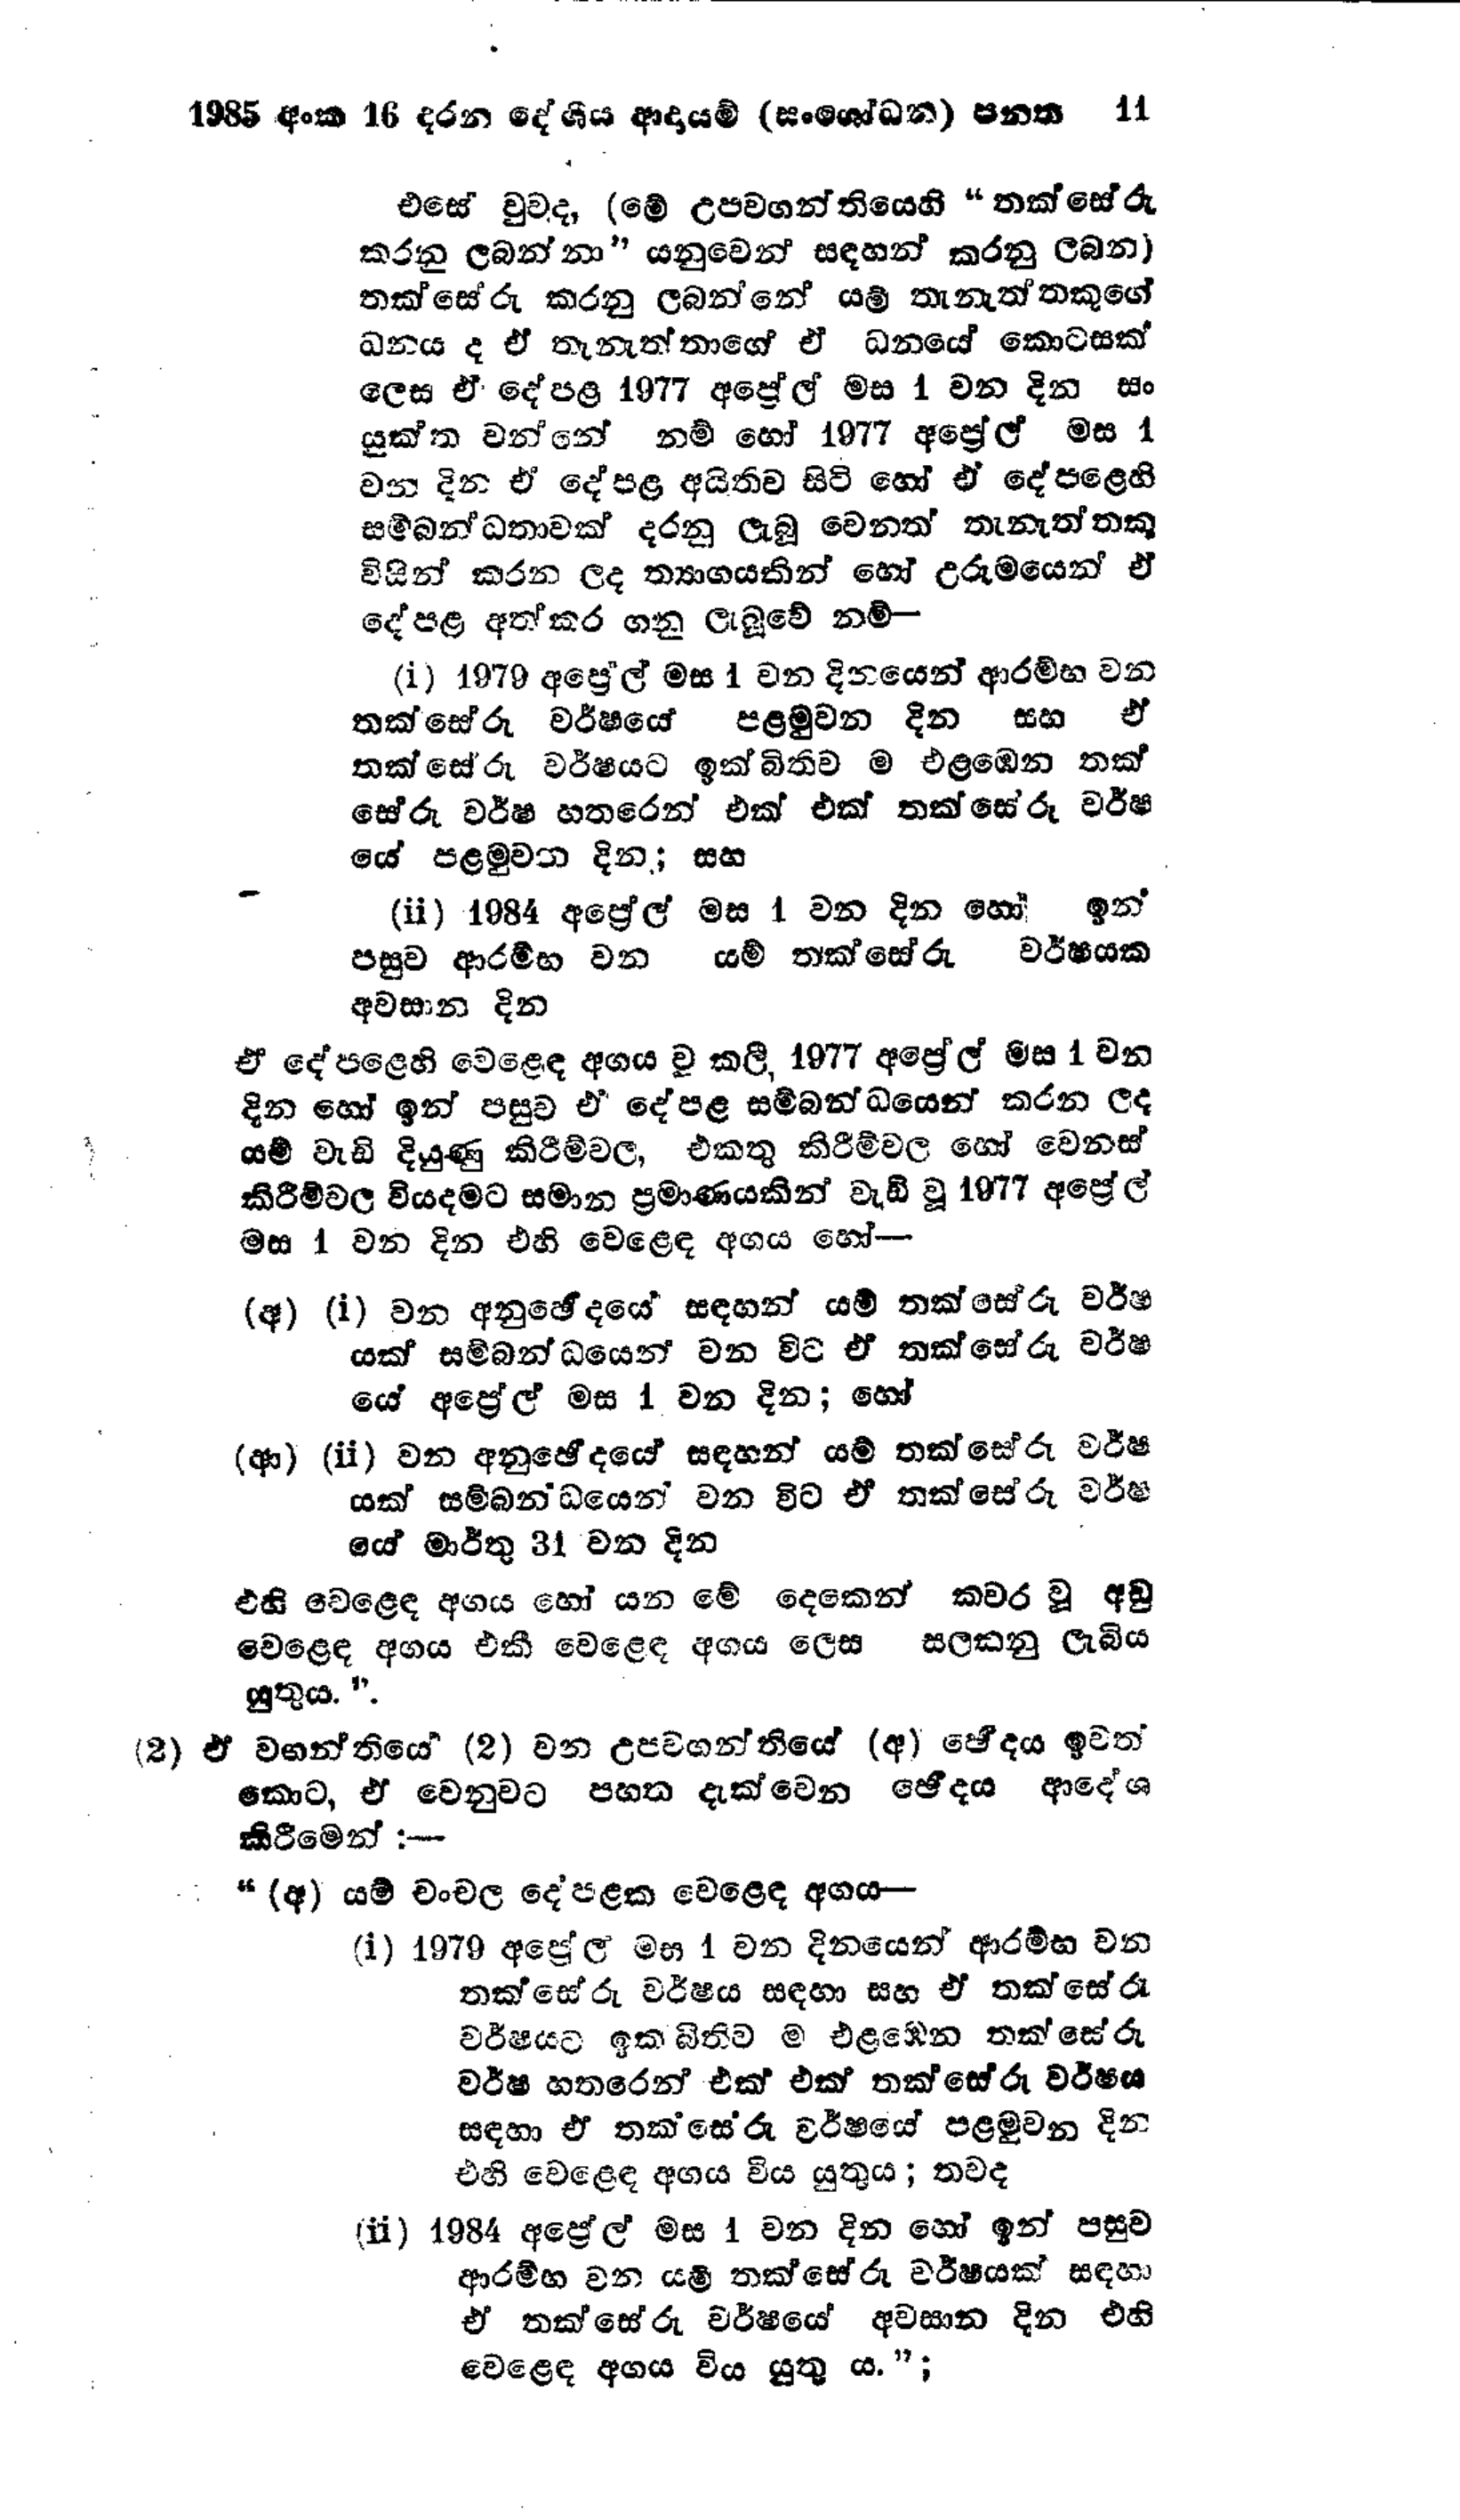
1985 අංක 16 දරන දේශීය ආදායම් (සංශෝධන ) පනත 11

එසේ වුවද, (මේ උපවගන්තියෙහි “තක්සේරු
කරනු ලබන්නා " යනුවෙන් සඳහන් කරනු ලබන)
තක්සේරු කරනු ලබන්නේ යම් තැනැත්තකුගේ
ධනය ද ඒ තැනැත්තාගේ ඒ ධනයේ කොටසක්
ලෙස ඒ දේපළ 1977 අප්‍රේල් මස 1 වන දින සං
යුක්ත වන්නේ නම් හෝ 1977 අප්‍රේල් මස 1
වන දින ඒ දේපළ අයිතිව සිටි හෝ ඒ දේපළෙහි
සම්බන්ධතාවක් දරනු ලැබූ වෙනත් තැනැත්තකු
විසින් කරන ලද ත්‍යාගයකින් හෝ උරුමයෙන් ඒ
දේපළ අත්කර ගනු ලැබූවේ නම්-

(i) 1979 අප්‍රේල් මස 1 වන දිනයෙන් ආරම්භ වන
තක්සේරු වර්ෂයේ පළමුවන දින සහ ඒ
තක්සේරු වර්ෂයට ඉක්බිතිව ම එළඹෙන තක්
සේරු වර්ෂ හතරෙන් එක් එක් තක්සේරු වර්ෂ
යේ පළමුවන දින; සහ

(ii) 1984 අප්‍රේල් මස 1 වන දින හෝ ඉන්
පසුව ආරම්භ වන යම් තක්සේරු වර්ෂයක
අවසාන දින

ඒ දේපළෙහි වෙළෙඳ අගය වූ කලී, 1977 අප්‍රේල් මස 1 වන
දින හෝ ඉන් පසුව ඒ දේපළ සම්බන්ධයෙන් කරන ලද
යම් වැඩි දියුණු කිරීම්වල, එකතු කිරීම් වල හෝ වෙනස්
කිරීම්වල වියදමට සමාන ප්‍රමාණයකින් වැඩි වූ 1977 අප්‍රේල්
මස 1 වන දින එහි වෙළෙඳ අගය හෝ-

(අ) (i) වන අනුඡේදයේ සඳහන් යම් තක්සේරු වර්ෂ
යක් සම්බන්ධයෙන් වන විට ඒ තක්සේරු වර්ෂ
යෙ අප්‍රේල් මස 1 වන දින; හෝ

(ආ) (ii) වන අනුඡේදයේ සඳහන් යම් තක්සේරු වර්ෂ
යක් සම්බන්ධයෙන් වන විට ඒ තක්සේරු වර්ෂ
යේ මාර්තු 31 වන දින

එහි වෙළෙඳ අගය හෝ යන මේ දෙකෙන් කවර වූ අඩු
වෙළෙඳ අගය එකී වෙළෙඳ අගය ලෙස සලකනු ලැබිය
යුතුය.".

(2) ඒ වගන්තියේ (2) වන උපවගන්තියේ (අ) ඡේදය ඉවත්
කොට, ඒ වෙනුවට පහත දැක්වෙන ඡේදය ආදේශ
කිරීමෙන්:-

“(අ) යම් චංචල දේපළක වෙළෙඳ අගය—

(i) 1979 අප්‍රේල් මස 1 වන දිනයෙන් ආරම්භ වන
තක්සේරු වර්ෂය සඳහා සහ ඒ තක්සේරු
වර්ෂයට ඉක්බිතිව ම එළඹෙන තක්සේරු
වර්ෂ හතරෙන් එක් එක් තක්සේරු වර්ෂය
සඳහා ඒ තක්සෙරු වර්ෂයේ පළමුවන දින
එහි වෙළෙඳ අගය විය යුතුය; තවද

(ii) 1984 අප්‍රේල් මස 1 වන දින හෝ ඉන් පසුව
ආරම්භ වන යම් තක්සේරූ වර්ෂයක් සඳහා
ඒ තක්සේරු වර්ෂයේ අවසාන දින එහි
වෙළෙඳ අගය විය යුතු ය.";